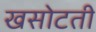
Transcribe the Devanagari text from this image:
खसोटती